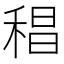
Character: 䅛